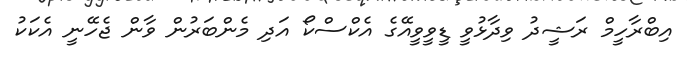
އިބްރާހީމް ރަޝީދު ވިދާޅުވީ ޑީވީވީއޭގެ އެކްސްކޯ އަދި މެންބަރުން ވާން ޖެހޭނީ އެކަކު